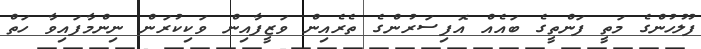
ފުލުހުންގެ މަތީ ފަންތީގެ ބައެއް އޮފިސަރުންގެ ތެރެއިން ވަޒީފާއިން ވަކިކުރަން ނިންމާފައިވާ ހަތް